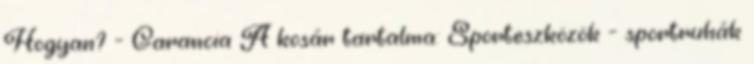
Hogyan? - Garancia A kosár tartalma: Sporteszközök - sportruhák